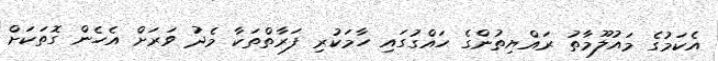
އެކަމުގެ މައުލޫމާތު ރައްޔިތުންގެ ހައްގުގައި ހާމަކުރި ފަރާތްތަކާ މެދު ވަރަށް އެހެން ގޮތަކަށް